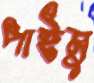
পাইমু